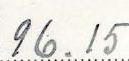
96.15